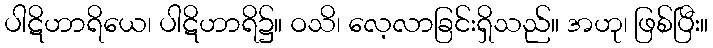
ပါဋိဟာရိယေ၊ ပါဋိဟာရိ၌။ ဝသိ၊ လေ့လာခြင်းရှိသည်။ အဟု၊ ဖြစ်ပြီး။